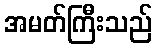
အမတ်ကြီးသည်